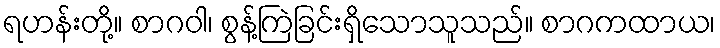
ရဟန်းတို့။ စာဂဝါ၊ စွန့်ကြဲခြင်းရှိသောသူသည်။ စာဂကထာယ၊